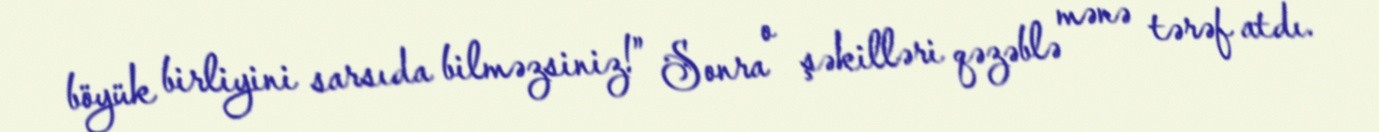
böyük birliyini sarsıda bilməzsiniz!” Sonra o şəkilləri qəzəblə mənə tərəf atdı.